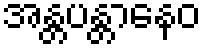
အန္တပန္တာနေဝ